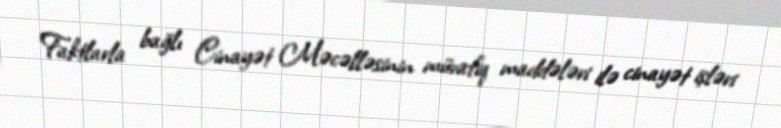
Faktlarla bağlı Cinayət Məcəlləsinin müvafiq maddələri ilə cinayət işləri